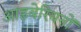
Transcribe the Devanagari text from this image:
आइबेरियनों